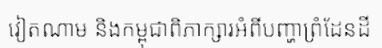
វៀតណាម និងកម្ពុជាពិភាក្សារអំពីបញ្ហាព្រំដែនដី